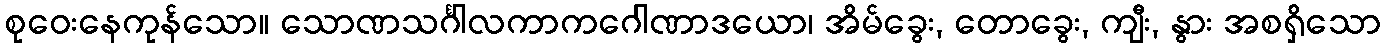
စုဝေးနေကုန်သော။ သောဏသင်္ဂါလကာကဂေါဏာဒယော၊ အိမ်ခွေး, တောခွေး, ကျီး, နွား အစရှိသော